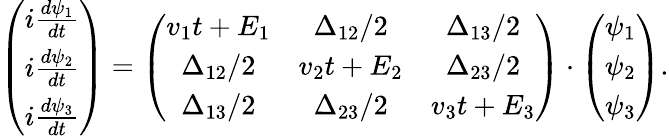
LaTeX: \left(\begin{array}{c}{i\frac{d\psi_{1}}{dt}}\\ {i\frac{d\psi_{2}}{dt}}\\ {i\frac{d\psi_{3}}{dt}}\end{array}\right)=\left(\begin{array}{ccc}{v_{1}t+E_{1}}&{\Delta_{12}/2}&{\Delta_{13}/2}\\ {\Delta_{12}/2}&{v_{2}t+E_{2}}&{\Delta_{23}/2}\\ {\Delta_{13}/2}&{\Delta_{23}/2}&{v_{3}t+E_{3}}\end{array}\right)\cdot\left(\begin{array}{c}{\psi_{1}}\\ {\psi_{2}}\\ {\psi_{3}}\end{array}\right).